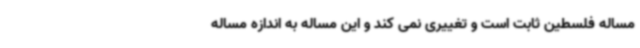
مساله فلسطین ثابت است و تغییری نمی کند و این مساله به اندازه مساله